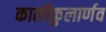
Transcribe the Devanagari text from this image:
कालीकुलार्णव